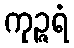
ကုဉ္ဇရံ